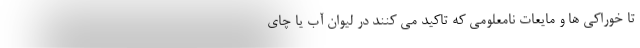
تا خوراکی ها و مایعات نامعلومی که تاکید می کنند در لیوان آب یا چای